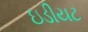
ઇડીયટ